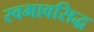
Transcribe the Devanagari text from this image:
स्वभावसिद्ध